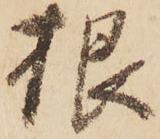
根